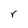
Character: r